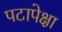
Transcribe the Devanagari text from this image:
पटापेक्षा